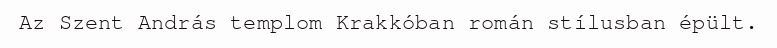
Az Szent András templom Krakkóban román stílusban épült.